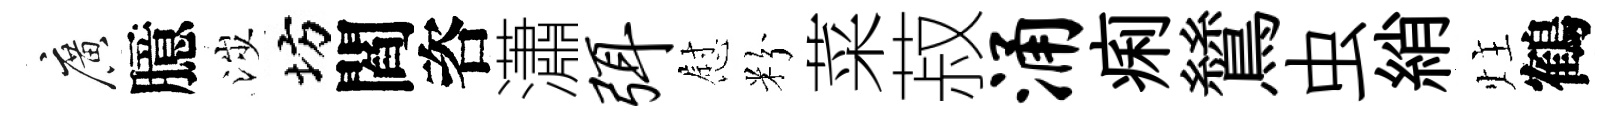
廣臆涉坊閻咨瀟弭慰粉菜菽涌痢鷥虫綃炷鶴